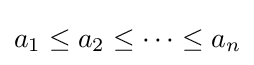
a_{1}\leq a_{2}\leq \cdots \leq a_{n}